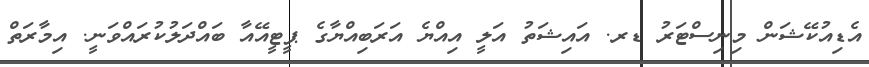
އެޑިއުކޭޝަން މިނިސްޓަރު ޑރ. އައިޝަތު އަލީ އިއްޔެ އަރަބިއްޔާގެ ޕީޓީއޭއާ ބައްދަލުކުރައްވަނީ. އިމާރަތް